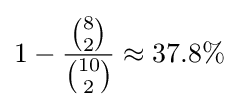
1-{\frac {\binom {8}{2}}{\binom {10}{2}}}\approx 37.8\%